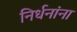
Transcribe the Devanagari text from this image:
निर्धनांना